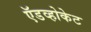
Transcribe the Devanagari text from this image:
ऍडव्होकेट